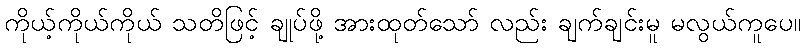
ကိုယ့်ကိုယ်ကိုယ် သတိဖြင့် ချုပ်ဖို့ အားထုတ်သော် လည်း ချက်ချင်းမူ မလွယ်ကူပေ။